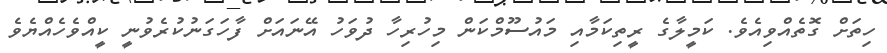
ހިތަށް ގޮތެއްވިއެވެ. ކަމީލާގެ ރީތިކަމާއި މައުސޫމްކަން މިހުރިހާ ދުވަހު އޭނައަށް ފާހަގަނުކުރެވުނީ ކީއްވެހެއްޔެވެ